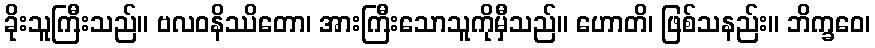
ခိုးသူကြီးသည်။ ဗလဝနိဿိတော၊ အားကြီးသောသူကိုမှီသည်။ ဟောတိ၊ ဖြစ်သနည်း။ ဘိက္ခဝေ၊